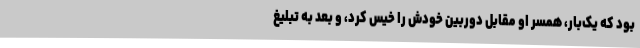
بود که یک‌بار، همسر او مقابل دوربین خودش را خیس کرد، و بعد به تبلیغ